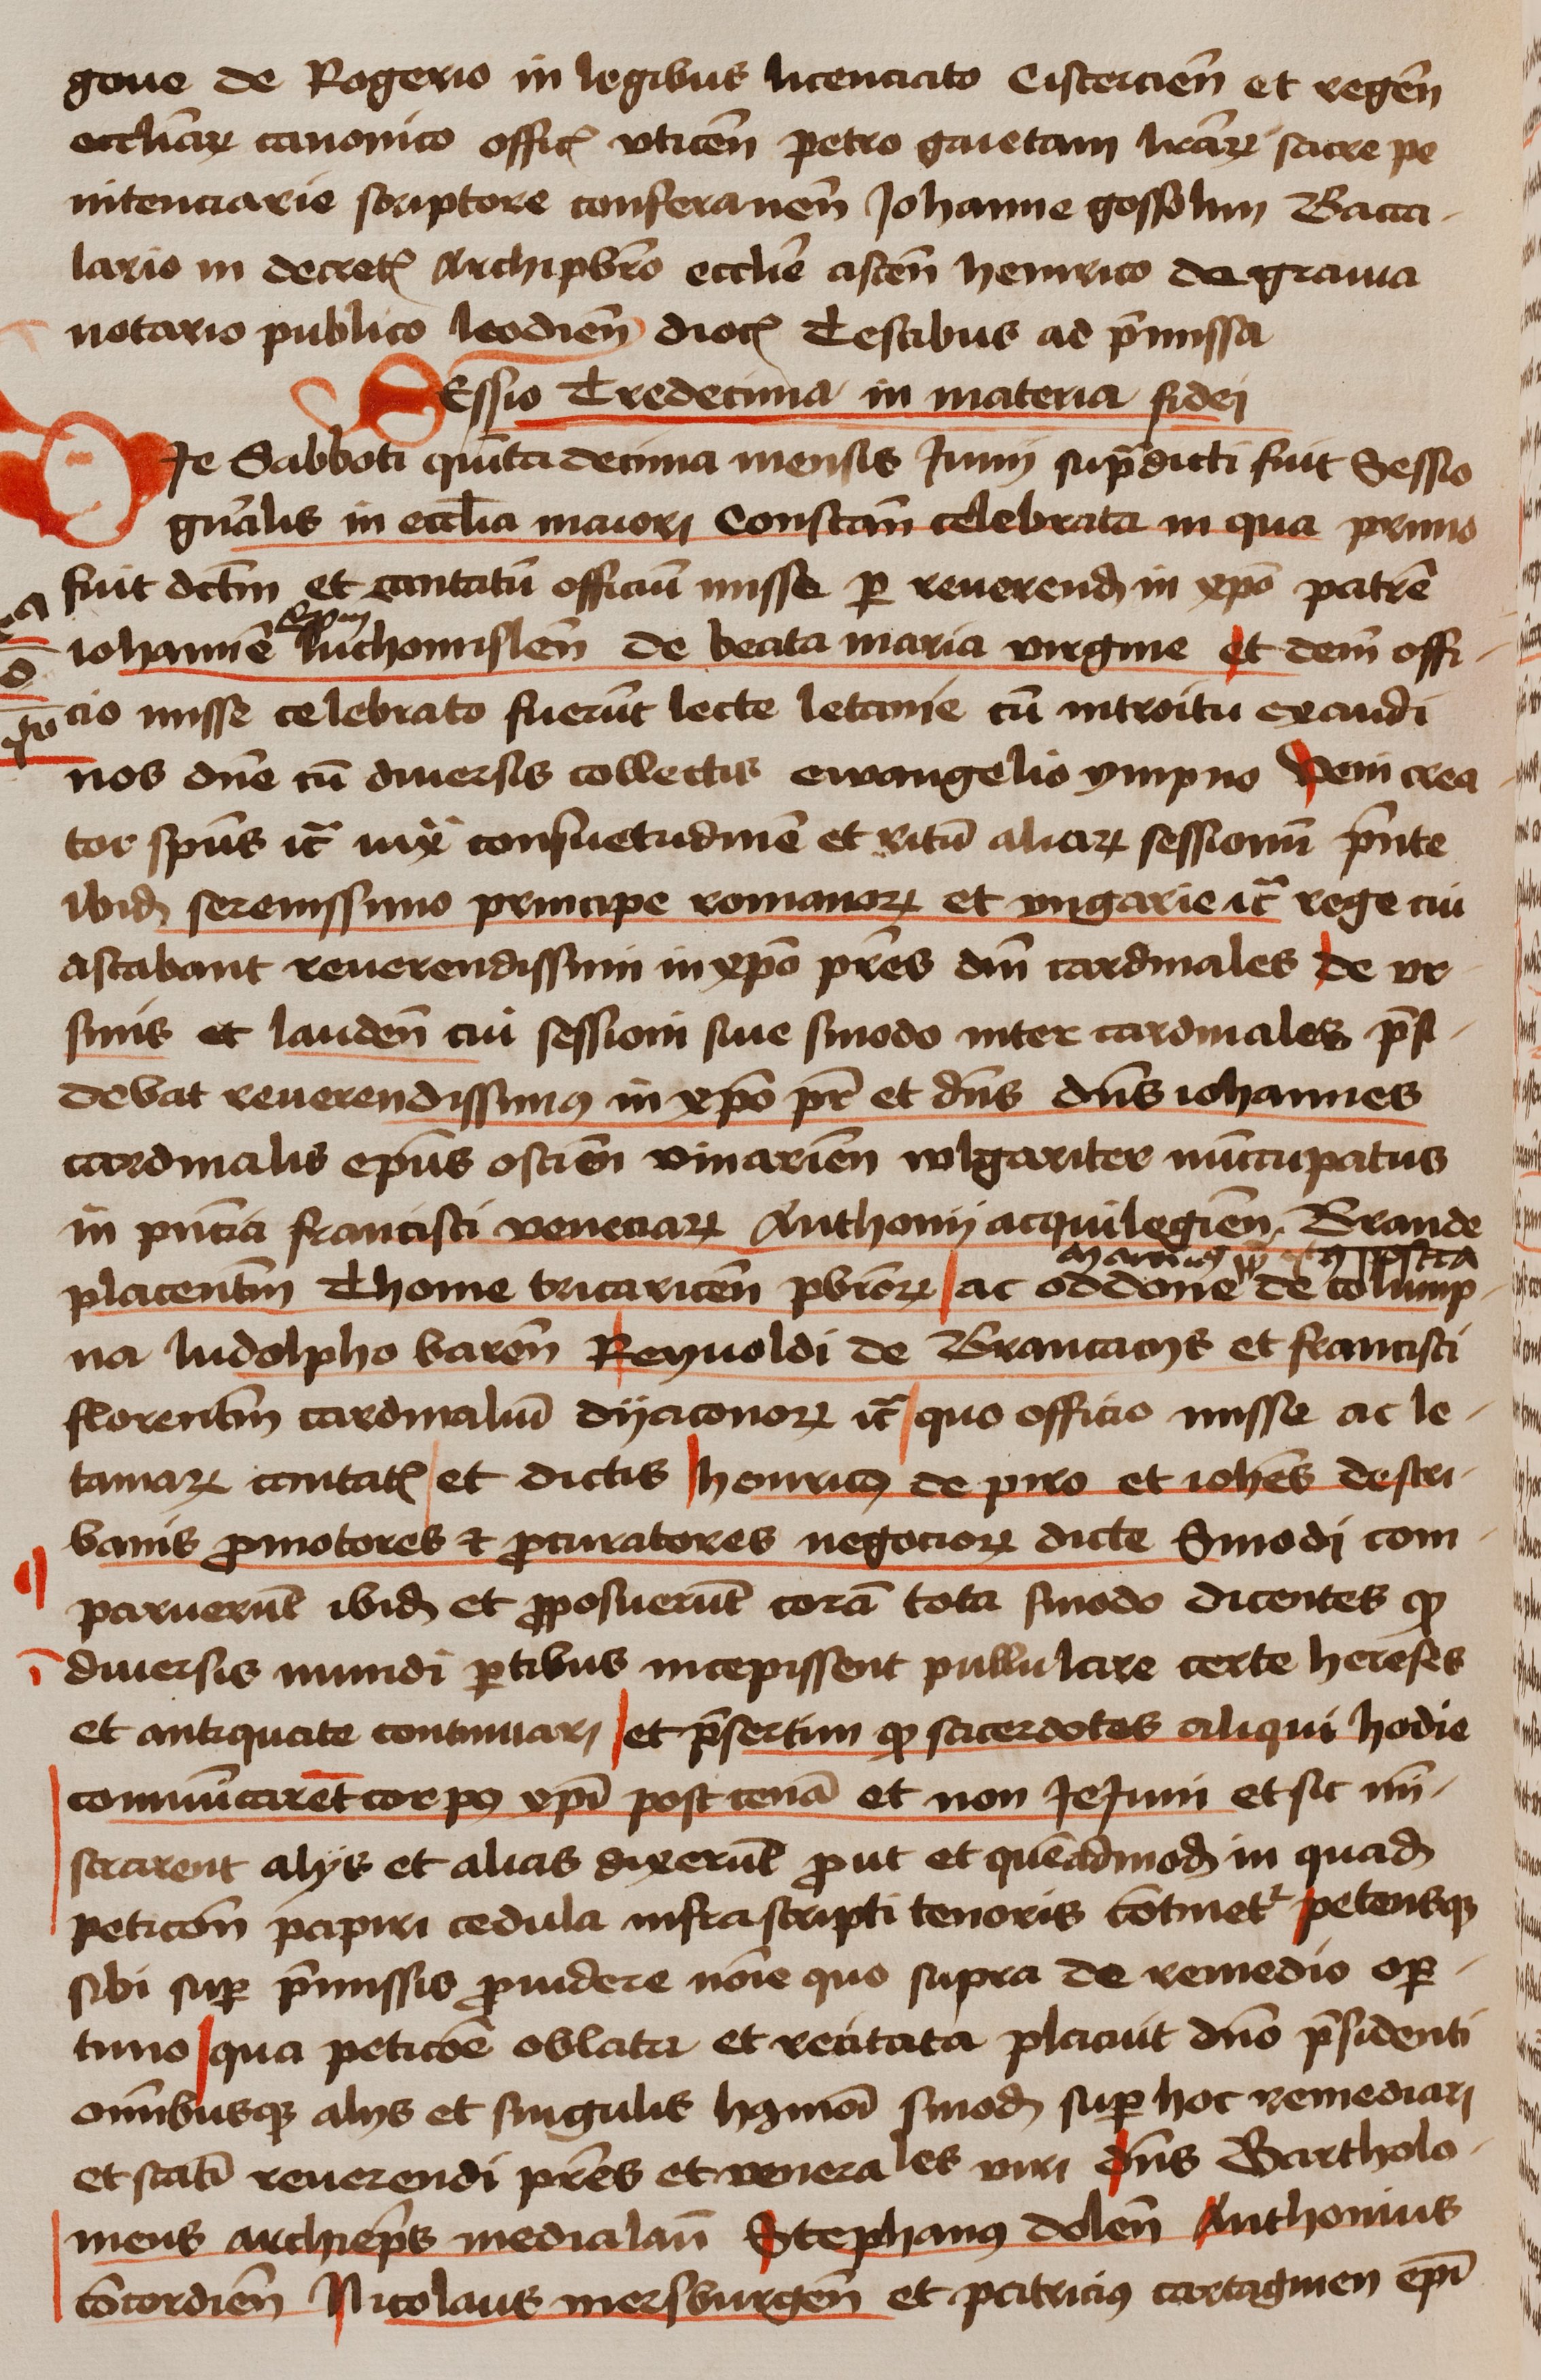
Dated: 1450–1474